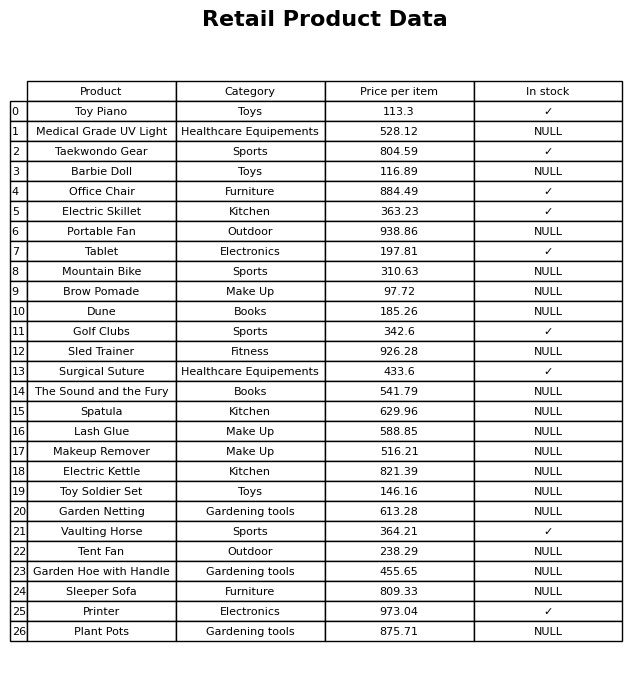
question: What is the price for Tablet?
answer: The price of Tablet is 197.81.